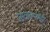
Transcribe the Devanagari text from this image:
जाळल्यानेही